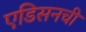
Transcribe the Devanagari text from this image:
एडिसनची